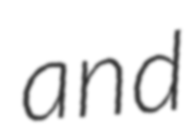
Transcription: and